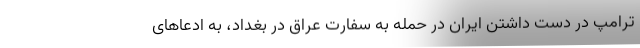
ترامپ در دست داشتن ایران در حمله به سفارت عراق در بغداد، به ادعاهای